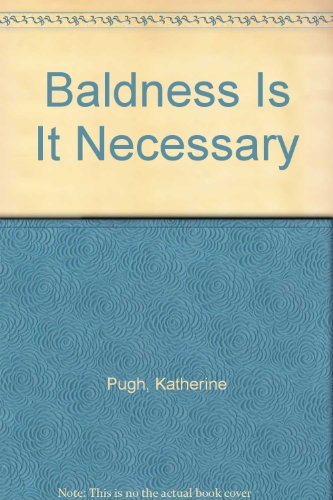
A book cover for Baldness Is It Necessary; Katherine Pugh; Health, Fitness & Dieting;